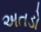
અતડો